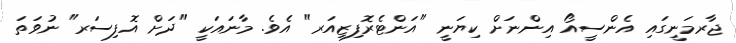
ޖާރމަނީގައި އެންސީއޯ އިންނަށް ކިޔަނީ "އަންޓެރޮފިޒިއަރ" އެވެ. މާނައަކީ "ދަށް އޮފިސަރ" ނުވަތަ